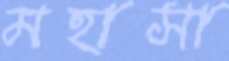
মহাসা